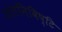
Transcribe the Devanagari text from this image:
अंतनिविष्टि